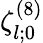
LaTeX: \zeta_{l;0}^{(8)}